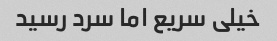
خیلی سریع اما سرد رسید